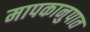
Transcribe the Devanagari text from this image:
मापकानुपात